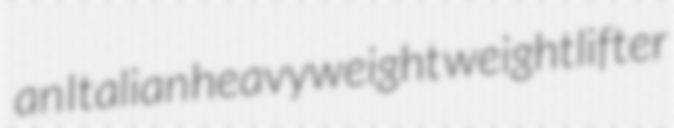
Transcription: an Italian heavyweight weightlifter